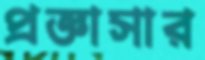
প্রজ্ঞাসার